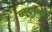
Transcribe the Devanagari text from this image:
ब्लूद्फ्लो